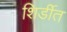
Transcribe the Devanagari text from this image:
शिर्डीत